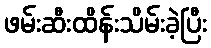
ဖမ်းဆီးထိန်းသိမ်းခဲ့ပြီး